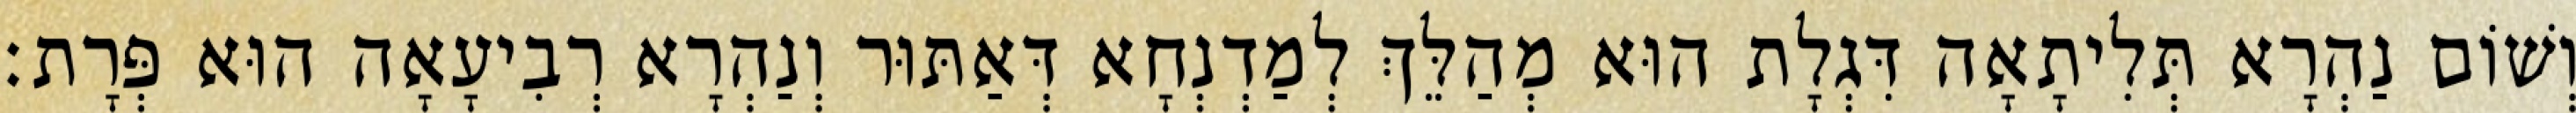
וְשׁוֹם נַהְרָא תְּלִיתָאָה דִּגְלָת הוּא מְהַלֵּךְ לְמַדְנְחָא דְּאַתּוּר וְנַהְרָא רְבִיעָאָה הוּא פְּרָת׃